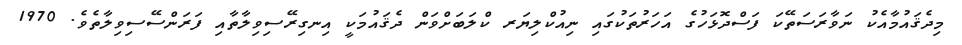
މިދެޤައުމާއެކު ނަވާރަސަތޭކަ ފަސްދޮޅަހުގެ އަހަރުތަކުގައި ނިއުކްލިޔަރ ކްލަބަށްވަން ދެޤައުމަކީ އިނގިރޭސިވިލާތާއި ފަރަންސޭސިވިލާތެވެ. 1970